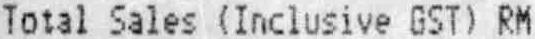
TOTAL SALES (INCLUSIVE GST) RM